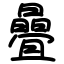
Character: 曡